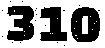
310